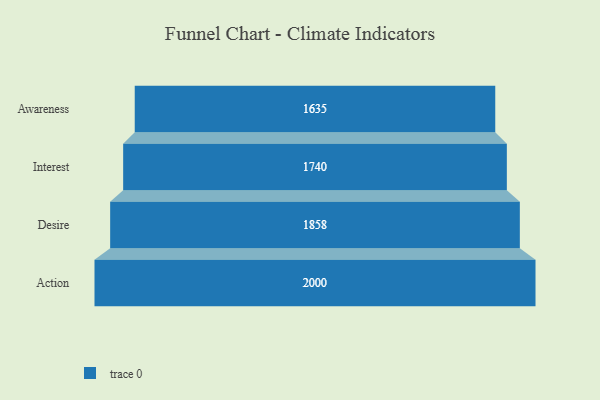
{"axis": {"x": "Stage", "y": "Value"}, "legend": [""], "data": [{"x": "Awareness", "y": 1635.0, "type": ""}, {"x": "Interest", "y": 1740.0, "type": ""}, {"x": "Desire", "y": 1858.0, "type": ""}, {"x": "Action", "y": 2000, "type": ""}]}